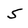
Character: 5